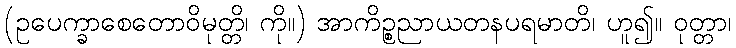
(ဥပေက္ခာစေတောဝိမုတ္တိ၊ ကို။) အာကိဉ္စညာယတနပရမာတိ၊ ဟူ၍။ ဝုတ္တာ၊